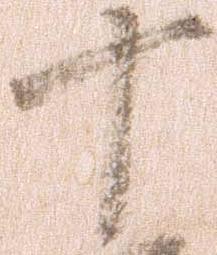
十